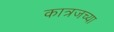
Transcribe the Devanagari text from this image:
कात्रजच्या